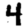
Digit: 4